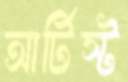
আর্টিস্ট